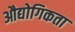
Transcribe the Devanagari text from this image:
औद्योगिकता